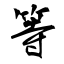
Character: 等